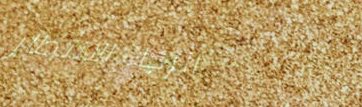
الرجاء الانتظار